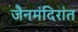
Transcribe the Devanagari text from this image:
जैनमंदिरांत